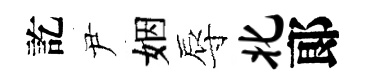
訖尹姻辱北郞